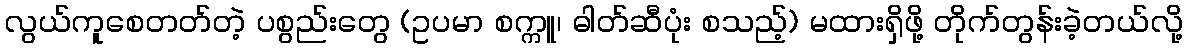
လွယ်ကူစေတတ်တဲ့ ပစွည်းတွေ (ဥပမာ စက္ကူ၊ ဓါတ်ဆီပုံး စသည့်) မထားရှိဖို့ တိုက်တွန်းခဲ့တယ်လို့